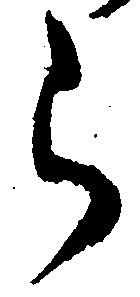
ら